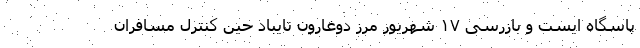
پاسگاه ایست و بازرسی ۱۷ شهریور مرز دوغارون تایباد حین کنترل مسافران